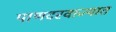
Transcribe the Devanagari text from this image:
पाणदरवाज्यात